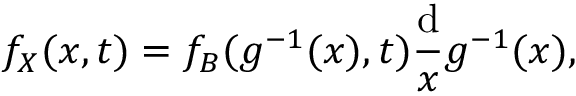
f _ { X } ( x , t ) = f _ { B } ( g ^ { - 1 } ( x ) , t ) \frac { \mathrm { d } } { x } g ^ { - 1 } ( x ) ,